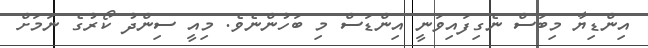
އިންޑިޔާ މިބަސް ނެގިފައިވަނީ އިންޑަސް މި ބަހުންނެވެ. މިއީ ސިންދު ކޯރުގެ ނަމަށް